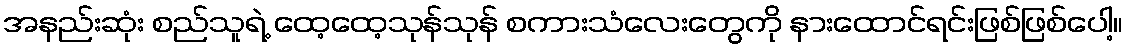
အနည်းဆုံး စည်သူရဲ့ ထေ့ထေ့သုန်သုန် စကားသံလေးတွေကို နားထောင်ရင်းဖြစ်ဖြစ်ပေါ့။